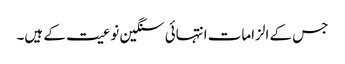
جس کے الزامات انتہائی سنگین نوعیت کے ہیں۔